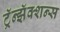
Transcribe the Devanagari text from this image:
ट्रॅन्झॅक्शन्स